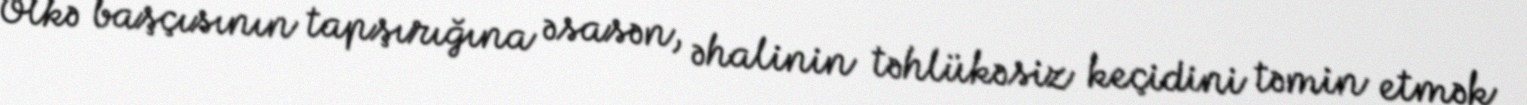
Ölkə başçısının tapşırığına əsasən, əhalinin təhlükəsiz keçidini təmin etmək